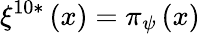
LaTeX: \xi^{10*}\left(x\right)=\pi_{\psi}\left(x\right)